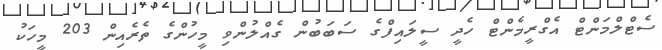
ސެޓްލްމަންޓް އެގްރީމެންޓް ހެދީ ސީލައިފްގެ ސަބަބުން ގެއްލުންވި މީހުންގެ ތެރެއިން 203 މީހަކު